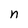
Character: n